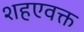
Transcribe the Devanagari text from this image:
शहएवक्त